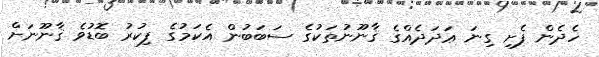
ހެދެން ފެށި ގިނަ ޢަދަދެއްގެ ޤާނޫނުތަކުގެ ސަބަބުން އެކަމުގެ ފިކުރު ބޮޑުވެ ޤާނޫނަށް